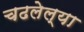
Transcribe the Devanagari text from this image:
चढलेल्या